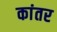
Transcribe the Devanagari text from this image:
कांतर